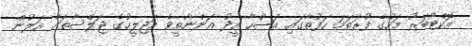
އޮކްޓޯބަރު މަހުގެ ފުރަތަމަ ހަފުތާގައި އަޟްހާ އީދު އަންނާތީވެ މަޖިލީހުގެ ޖަލްސާތައް އަލުން